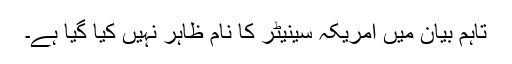
تاہم بیان میں امریکہ سینیٹر کا نام ظاہر نہیں کیا گیا ہے۔